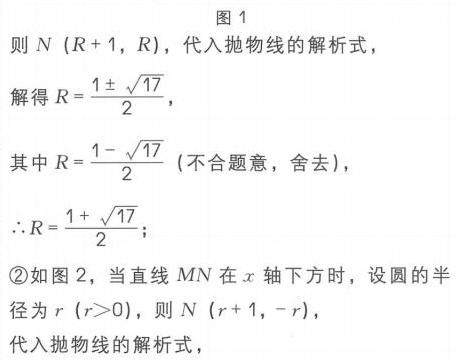
图1
则 \(N\left(R + 1,R\right)\)，代入抛物线的解析式，
解得 \(R=\dfrac{1\pm\sqrt{17}}{2}\)，
其中 \(R = \dfrac{1-\sqrt{17}}{2}\)（不合题意，舍去），
\(\therefore R=\dfrac{1 + \sqrt{17}}{2}\)；
\textcircled{2}如图2，当直线 \(MN\) 在 \(x\) 轴下方时，设圆的半径为 \(r\left(r>0\right)\)，则 \(N\left(r + 1,-r\right)\)，
代入抛物线的解析式，